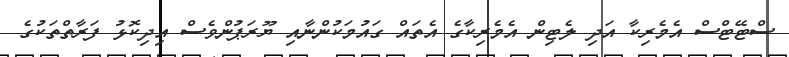
ސްޓޭޓްސް އެމެރިކާ އަދި ލެޓިން އެމެރިކާގެ އެތައް ގައުމަކުންނާއި ޔޫރަޕުންވެސް އިދިކޮޅު ފަރާތްތަކުގެ